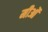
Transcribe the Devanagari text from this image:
मीओं